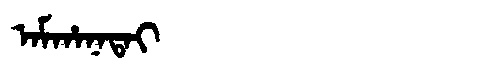
Manchu: ᠠᠮᡥᠠᠨᠠᡨᠠᡳ
Romanization: AMHANATAI